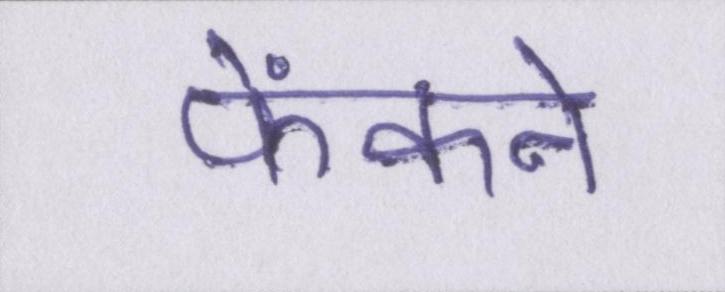
फेंकने